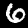
Digit: 6